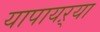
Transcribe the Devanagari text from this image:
यापायऱ्या